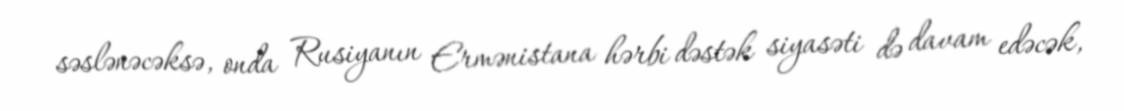
səslənəcəksə, onda Rusiyanın Ermənistana hərbi dəstək siyasəti də davam edəcək,